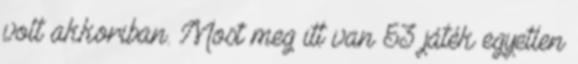
volt akkoriban. Most meg itt van 53 játék egyetlen